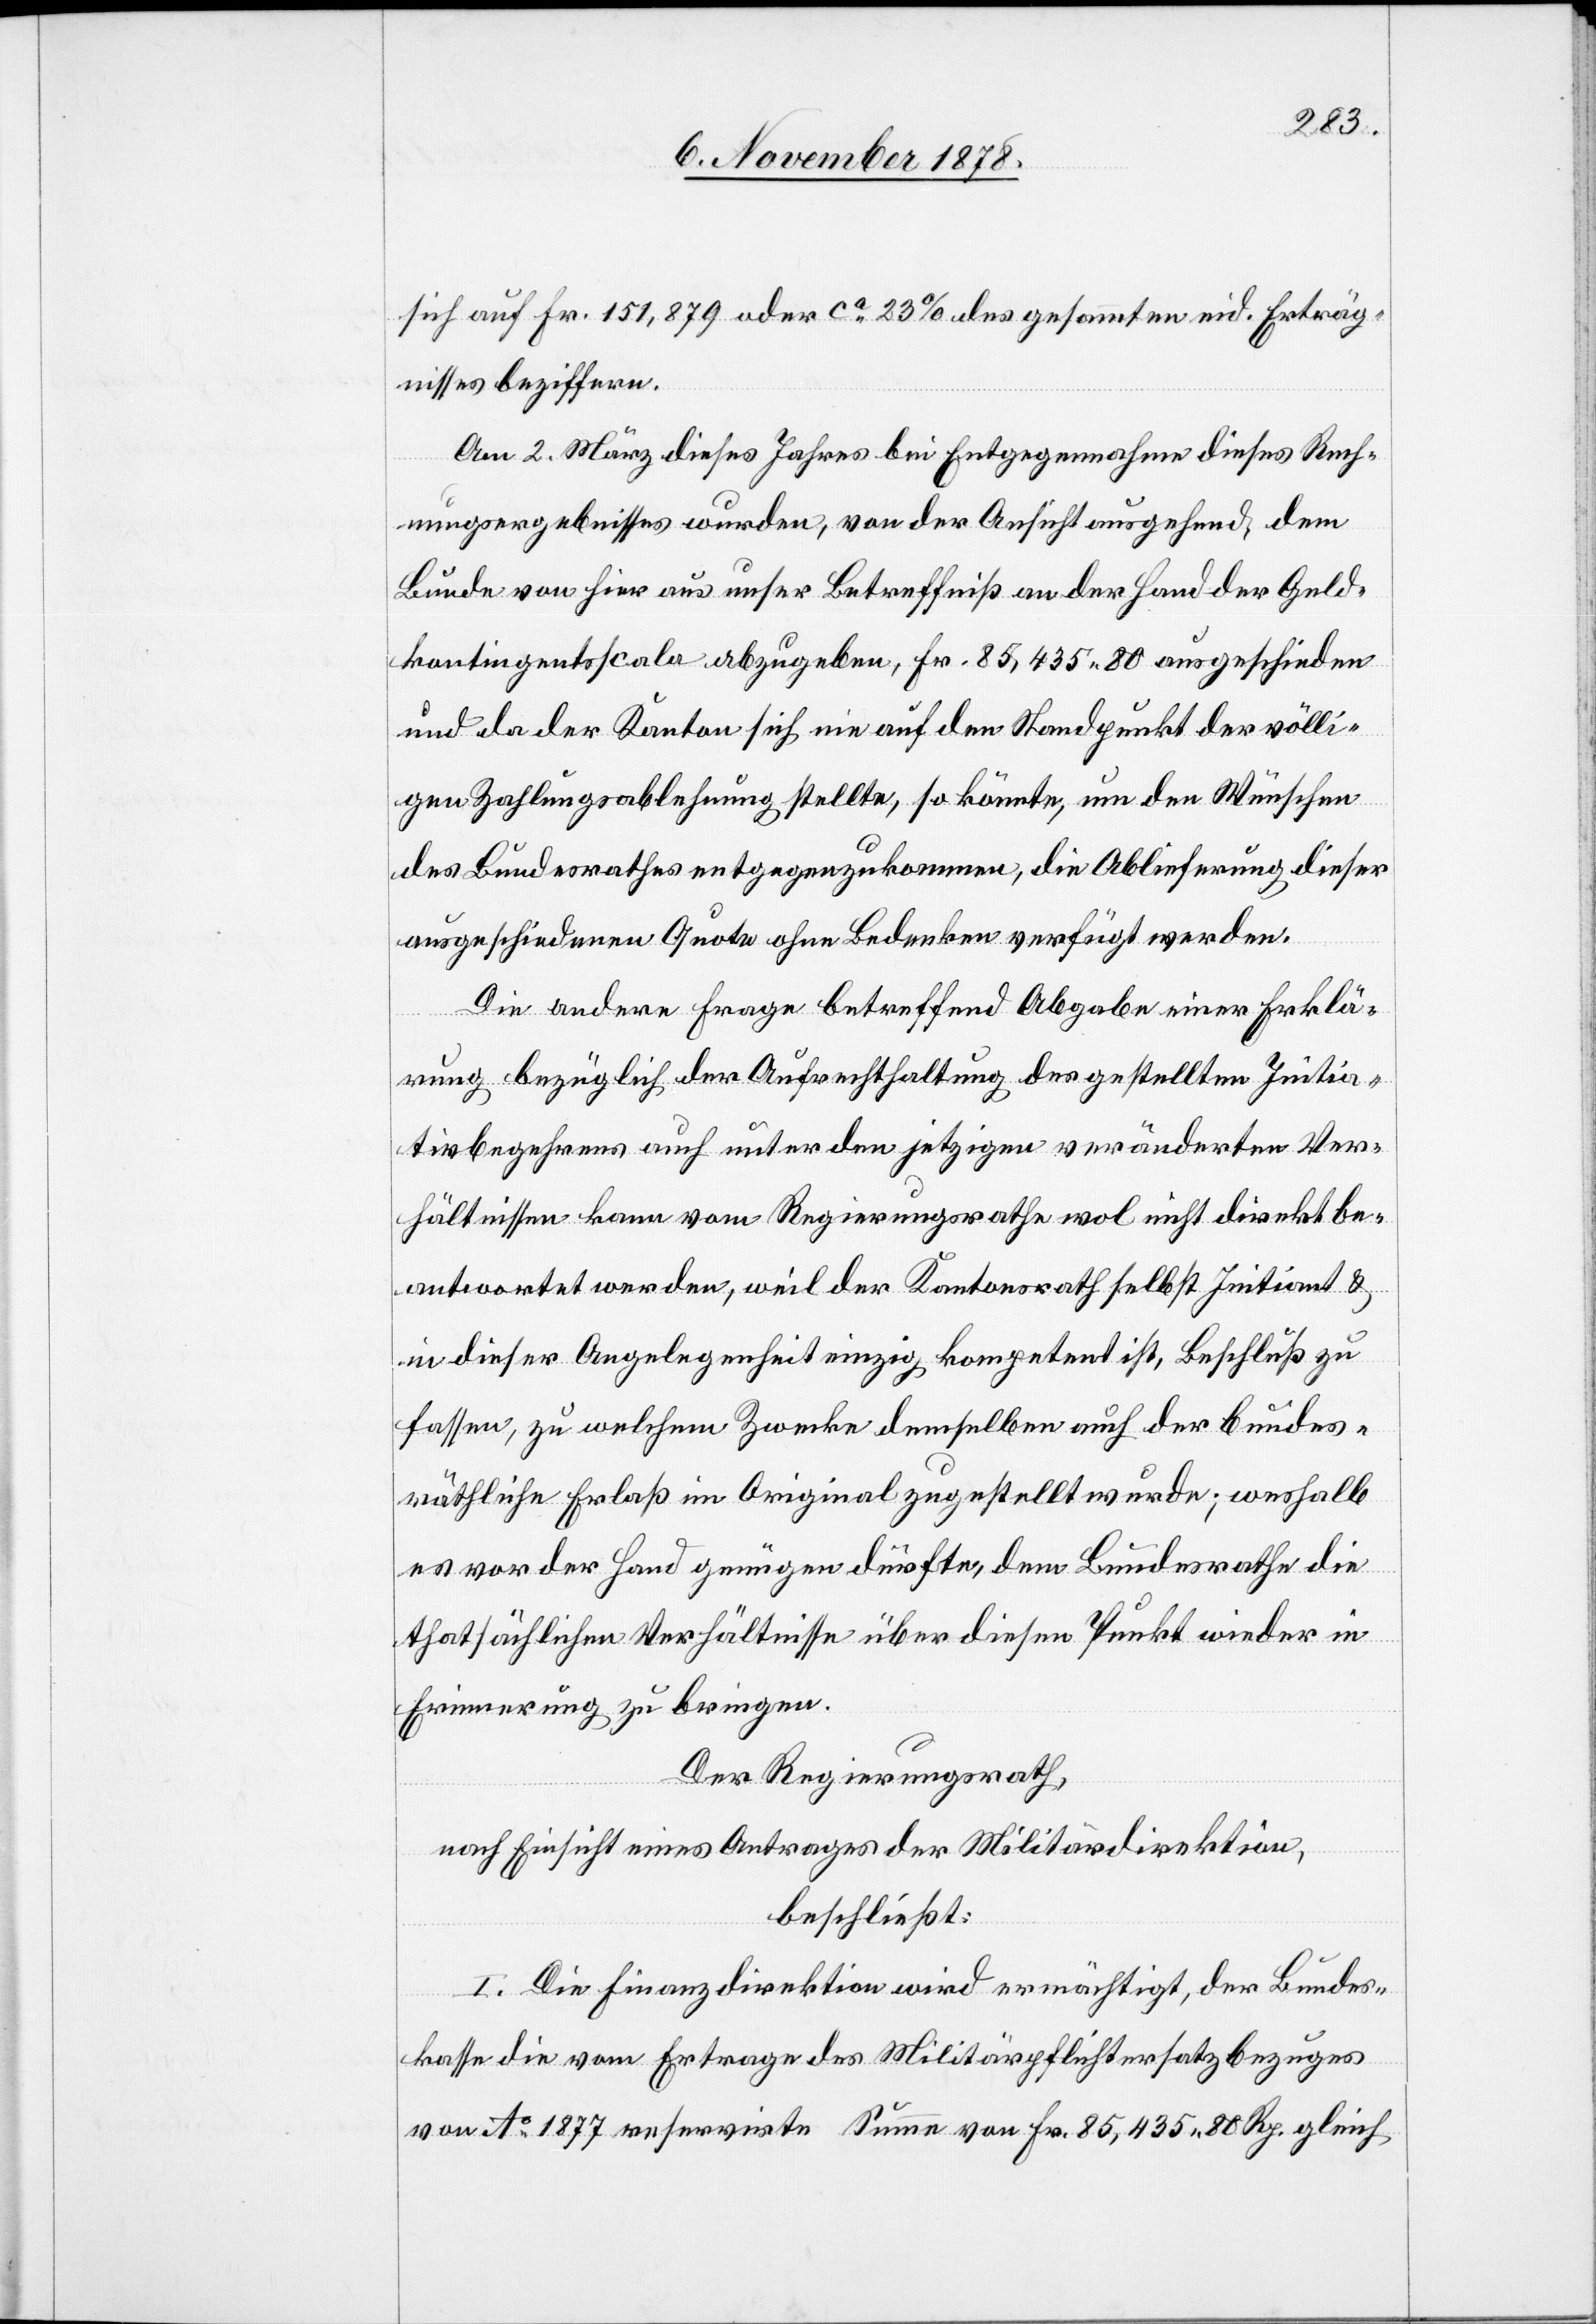
sich auf Fr. 151,879 oder ca 23% des gesammten eid. Erträg¬
nisses beziffern.
Am 2. März dieses Jahres bei Entgegennahme dieses Rech¬
nungsergebnisses wurden, von der Ansicht ausgehend, dem
Bunde von hier aus unser Betreffniß an der Hand des Geld¬
kontingentsscala abzugeben, Fr. 85,435 80 ausgeschieden
und da der Kanton sich nie auf den Standpunkt der völli¬
gen Zahlungsablehnung stellte, so könnte, um den Wünschen
des Bundesrathes entgegenzukommen, die Ablieferung dieser
ausgeschiedenen Quote ohne Bedenken verfügt werden.
Die andere Frage betreffend Abgabe einer Erklä¬
rung bezüglich der Aufrechthaltung des gestellten Initia¬
tivbegehrens auch unter den jetzigen veränderten Ver¬
hältnissen kann vom Regierungsrathe wol nicht direkt be¬
antwortet werden, weil der Kantonsrath selbst Initiant &
in dieser Angelegenheit einzig kompetent ist, Beschluß zu
fassen, zu welchem Zwecke demselben auch der bundes¬
räthliche Erlaß im Original zugestellt wurde; weshalb
es vor der Hand genügen dürfte, dem Bundesrathe die
thatsächlichen Verhältnisse über diesen Punkt wieder in
Erinnerung zu bringen.
Der Regierungsrath,
nach Einsicht eines Antrages der Militärdirektion,
beschließt:
I. Die Finanzdirektion wird ermächtigt, der Bundes¬
kasse die vom Ertrage des Militärpflichtersatzbezuges
von Ao 1877 reservirte Summe von Fr. 85,435 80 Rp. gleich